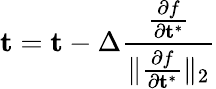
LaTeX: \mathbf{t}=\mathbf{t}-\Delta\frac{\frac{\partial f}{\partial\mathbf{t}^{*}}}{\lVert\frac{\partial f}{\partial\mathbf{t}^{*}}\rVert_{2}}